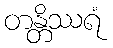
တန္တိဿရံ